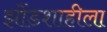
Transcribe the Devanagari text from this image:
झोंडशाहीला